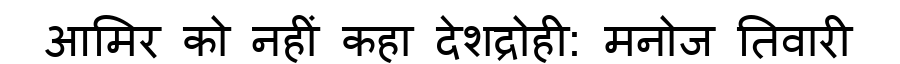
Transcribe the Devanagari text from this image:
आमिर को नहीं कहा देशद्रोही: मनोज तिवारी